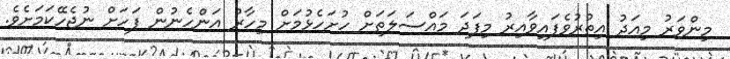
މިންވަރު މިއަދު އިތުރުވެފައިވާއިރު މިފަދަ މައްސަލަތަށް ހުށަހެޅުމަށް މިހާރު އަންހެނުން ފަހަށް ނުޖެހޭކަމަށެވެ.